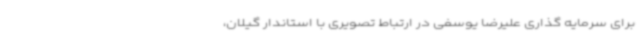
برای سرمایه گذاری علیرضا یوسفی در ارتباط تصویری با استاندار گیلان،